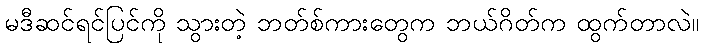
မဒီဆင်ရင်ပြင်ကို သွားတဲ့ ဘတ်စ်ကားတွေက ဘယ်ဂိတ်က ထွက်တာလဲ။